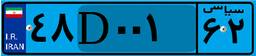
۴۸D۰۰۱۶۲